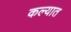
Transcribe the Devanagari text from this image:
कल्यात